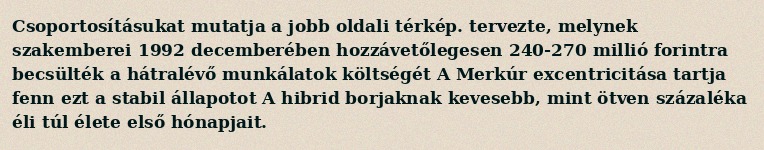
Csoportosításukat mutatja a jobb oldali térkép. tervezte, melynek szakemberei 1992 decemberében hozzávetőlegesen 240-270 millió forintra becsülték a hátralévő munkálatok költségét A Merkúr excentricitása tartja fenn ezt a stabil állapotot A hibrid borjaknak kevesebb, mint ötven százaléka éli túl élete első hónapjait.